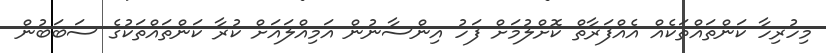
މިހުރިހާ ކަންތައްތަކެއް އެއްފަރާތް ކޮށްލުމަށް ފަހު އިންސާނުން އަމިއްލައަށް ކުރާ ކަންތައްތަކުގެ ސަބަބުން